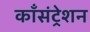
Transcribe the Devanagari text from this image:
काँसंट्रेशन